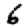
Digit: 6